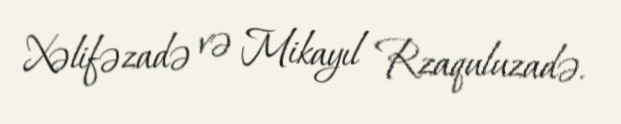
Xəlifəzadə və Mikayıl Rzaquluzadə.